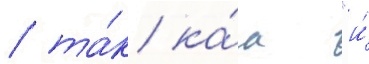
/ та́к ка́к "и́